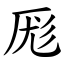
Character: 厖